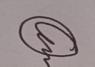
Signature authenticity: genuine